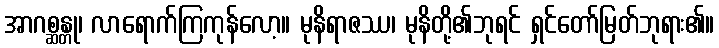
အာဂစ္ဆန္တု၊ လာရောက်ကြကုန်လော့။ မုနိရာဇဿ၊ မုနိတို့၏ဘုရင် ရှင်တော်မြတ်ဘုရား၏။